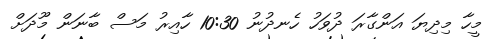
މީހާ މިދިޔަ އަންގާރަ ދުވަހު ހެނދުނު 10:30 ހާއިރު މަސް ބާނަން މޫދަށް